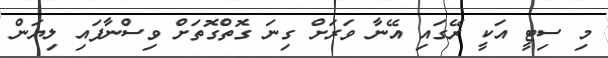
މި ސިޓީ އަކީ ރޭގައި އޭނާ ވަރަށް ގިނަ ގޮތްގޮތަށް ވިސްނާފައި ލިޔަން